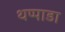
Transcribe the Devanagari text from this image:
थप्पाडा